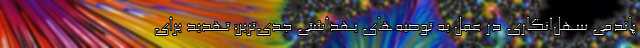
پاندمی سهل‌انگاری در عمل به توصیه‌های بهداشتی جدی‌ترین تهدید برای